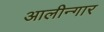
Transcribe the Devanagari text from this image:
आलीन्गार